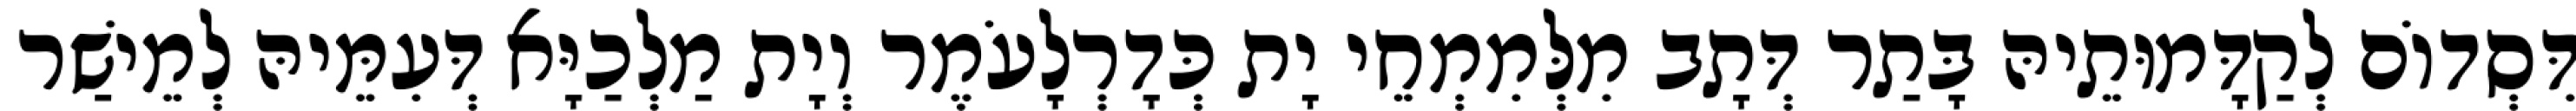
דִּסְדוֹם לְקַדָּמוּתֵיהּ בָּתַר דְּתָב מִלְּמִמְחֵי יָת כְּדָרְלָעֹמֶר וְיָת מַלְכַיָּא דְּעִמֵּיהּ לְמֵישַׁר